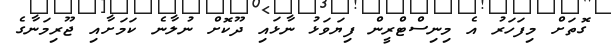
ގޮތަށް މިފަހަރު އެ މިނިސްޓްރީން ފިޔަވަޅު ނާޅައި ދޫކޮށް ނުލާނެ ކަމަށާއި ޖޫރިމަނާގެ